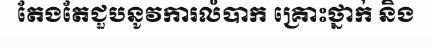
តែងតែជួបនូវការលំបាក គ្រោះថ្នាក់ និង